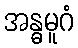
အန္ဓမူဂံ